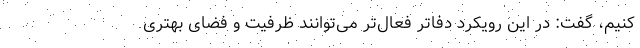
کنیم، گفت: در این رویکرد دفاتر فعال‌تر می‌توانند ظرفیت و فضای بهتری